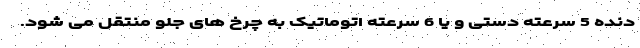
دنده 5 سرعته دستی و یا 6 سرعته اتوماتیک به چرخ های جلو منتقل می شود.